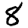
Digit: 8